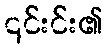
၎င်းင်း၏